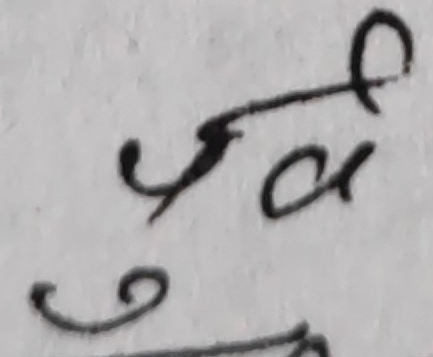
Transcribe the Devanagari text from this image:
र फ अ ९